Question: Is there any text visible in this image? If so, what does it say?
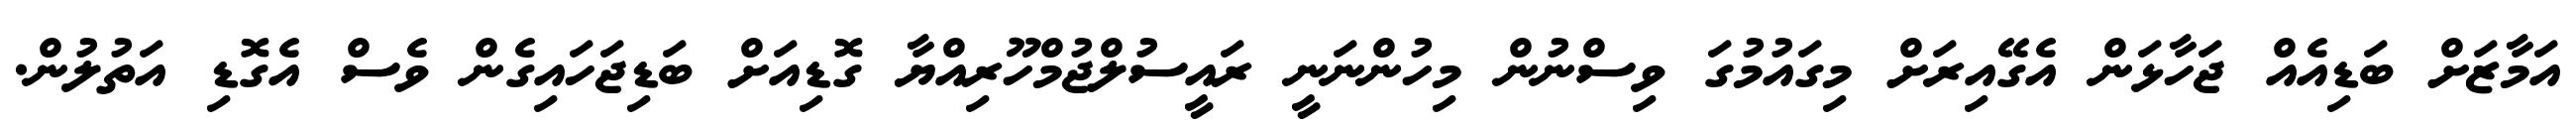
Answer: އަމާޒަށް ބަޑިއެއް ޖަހާޅަން އެގޭއިރަށް މިގައުމުގަ ވިސްނުން މިހުންނަނީ ރައީސުލްޖުމްހޫރިއްޔާ ގޮޑިއަށް ބަޑިޖަހައިގެން ވެސް އެގޮޑި އަތުލުން.